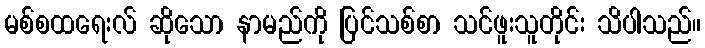
မစ်စထရေးလ် ဆိုသော နာမည်ကို ပြင်သစ်စာ သင်ဖူးသူတိုင်း သိပါသည်။